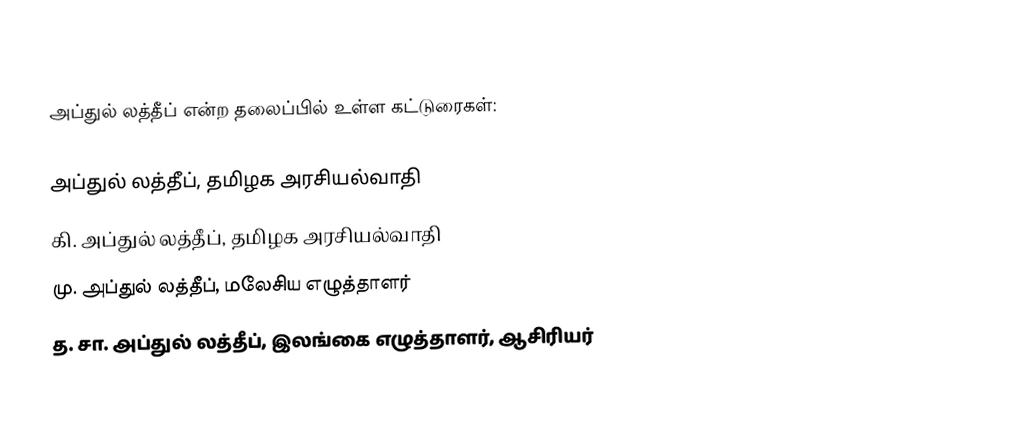
அப்துல் லத்தீப் என்ற தலைப்பில் உள்ள கட்டுரைகள்:

 அப்துல் லத்தீப், தமிழக அரசியல்வாதி
 கி. அப்துல் லத்தீப், தமிழக அரசியல்வாதி
 மு. அப்துல் லத்தீப், மலேசிய எழுத்தாளர்
 த. சா. அப்துல் லத்தீப், இலங்கை எழுத்தாளர், ஆசிரியர்